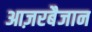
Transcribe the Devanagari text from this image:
आज़रबैजान